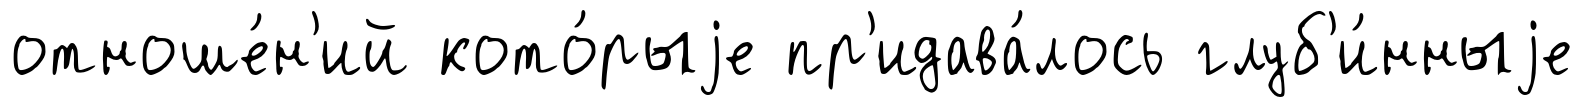
отноше́н'ий кото́рыjе пр'идава́лось глуб'и́нныjе